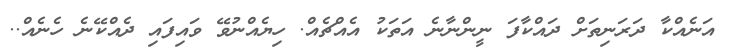
އަނެއްކާ ދަރަނިތަށް ދައްކާފަ ނީންނާނެ އަތަކު އެއްޗެއް. ހިޔެއްނުވޭ ވައިފައި ދެއްކޭނެ ހެނެއް..